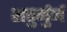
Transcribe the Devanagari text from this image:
शतुर्मुर्ग